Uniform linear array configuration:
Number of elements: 48
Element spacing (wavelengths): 0.75
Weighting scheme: cosine
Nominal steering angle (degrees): -30
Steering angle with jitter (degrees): -30.088
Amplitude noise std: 0.05
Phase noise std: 0.05

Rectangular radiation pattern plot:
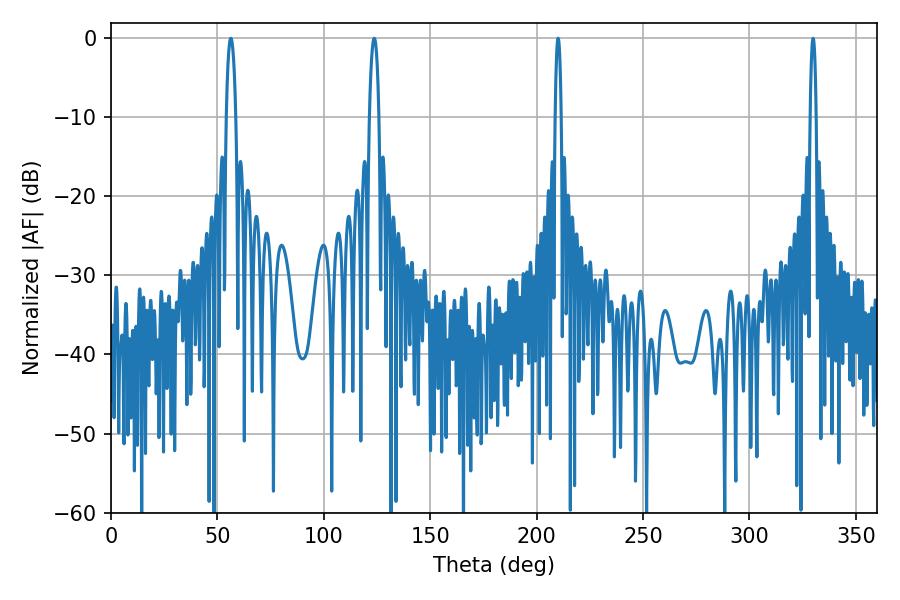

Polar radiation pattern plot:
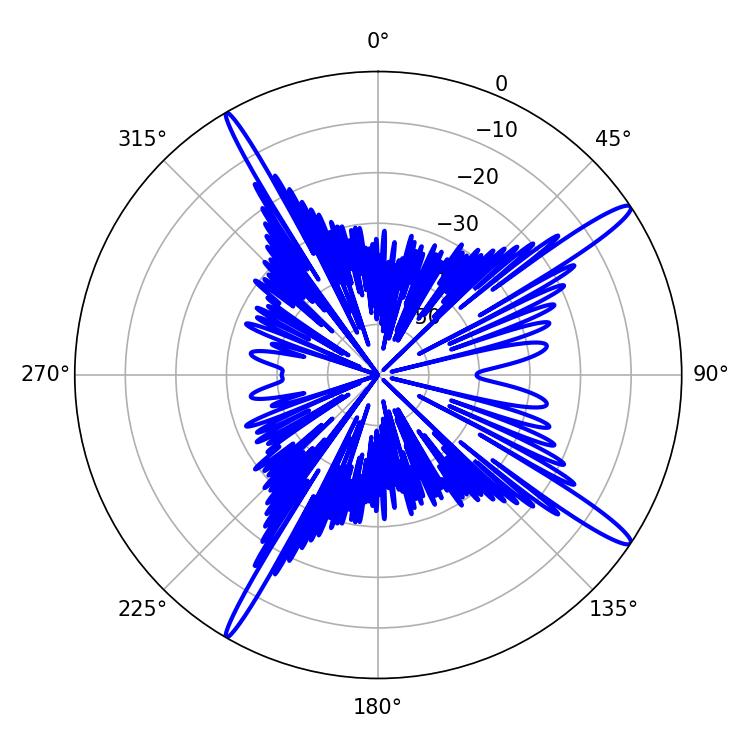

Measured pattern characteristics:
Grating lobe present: TRUE
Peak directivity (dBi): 15.884
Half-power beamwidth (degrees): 2.52
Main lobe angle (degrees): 56.34